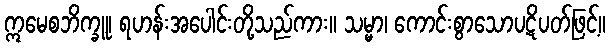
ဣမေစဘိက္ခူ၊ ရဟန်းအပေါင်းတို့သည်ကား။ သမ္မာ၊ ကောင်းစွာသောပဋိပတ်ဖြင့်။